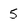
Character: 5